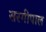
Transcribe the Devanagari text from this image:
सरगीपाल